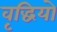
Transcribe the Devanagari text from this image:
वृद्धियो